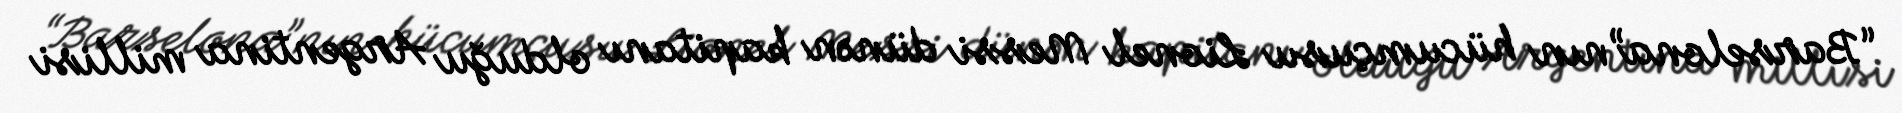
“Barselona”nın hücumçusu Lionel Messi dünən kapitanı olduğu Argentina millisi